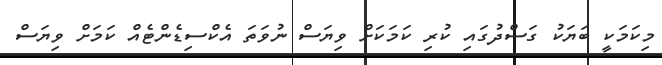
މިކަމަކީ ބަޔަކު ގަސްދުގައި ކުރި ކަމަކަށް ވިޔަސް ނުވަތަ އެކްސިޑެންޓެއް ކަމަށް ވިޔަސް